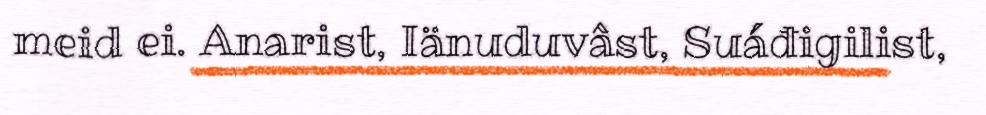
meid ei. Anarist, Iänuduvâst, Suáđigilist,